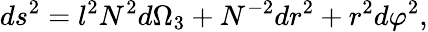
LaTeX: ds^{2}=l^{2}N^{2}d\Omega_{3}+N^{-2}dr^{2}+r^{2}d\varphi^{2},